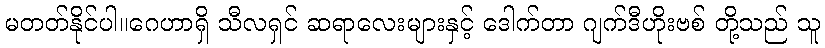
မတတ်နိုင်ပါ။ဂေဟာရှိ သီလရှင် ဆရာလေးများနှင့် ဒေါက်တာ ဂျက်ဒီဟိုးဗစ် တို့သည် သူ